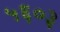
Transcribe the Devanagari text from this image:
५६०३